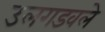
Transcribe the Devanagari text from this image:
उलगडवले